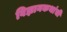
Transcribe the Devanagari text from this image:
विज्ञानकथांची